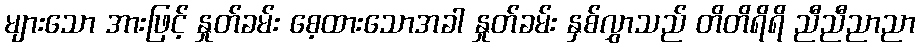
များသော အားဖြင့် နှုတ်ခမ်း စေ့ထားသောအခါ နှုတ်ခမ်း နှစ်လွှာသည် တိတိရိရိ ညီညီညာညာ